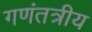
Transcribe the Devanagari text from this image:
गणंतत्रीय